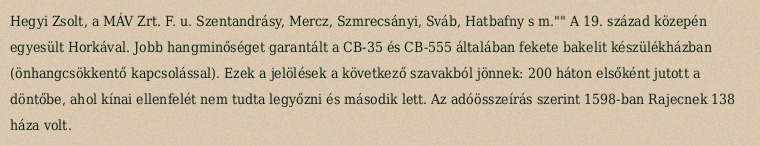
Hegyi Zsolt, a MÁV Zrt. F. u. Szentandrásy, Mercz, Szmrecsányi, Sváb, Hatbafny s m."" A 19. század közepén egyesült Horkával. Jobb hangminőséget garantált a CB-35 és CB-555 általában fekete bakelit készülékházban (önhangcsökkentő kapcsolással). Ezek a jelölések a következő szavakból jönnek: 200 háton elsőként jutott a döntőbe, ahol kínai ellenfelét nem tudta legyőzni és második lett. Az adóösszeírás szerint 1598-ban Rajecnek 138 háza volt.